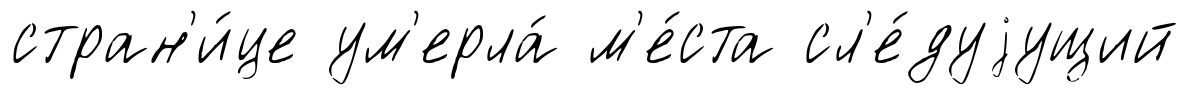
стран'и́це ум'ерла́ м'е́ста сл'е́дуjущий